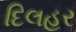
દિલહર